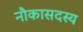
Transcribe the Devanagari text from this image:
नौकासदस्य